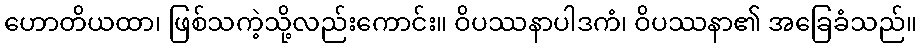
ဟောတိယထာ၊ ဖြစ်သကဲ့သို့လည်းကောင်း။ ဝိပဿနာပါဒကံ၊ ဝိပဿနာ၏ အခြေခံသည်။